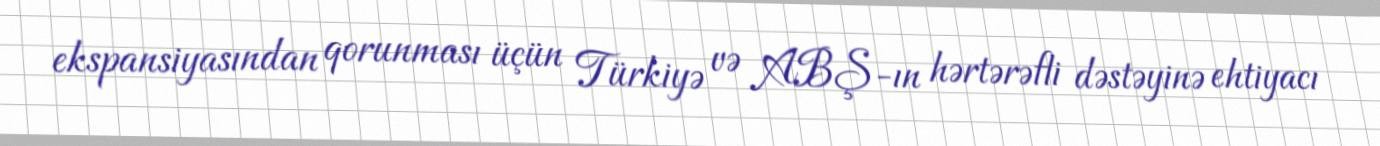
ekspansiyasından qorunması üçün Türkiyə və ABŞ-ın hərtərəfli dəstəyinə ehtiyacı